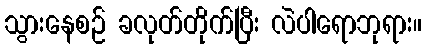
သွားနေစဉ် ခလုတ်တိုက်ပြီး လဲပါရောဘုရား။